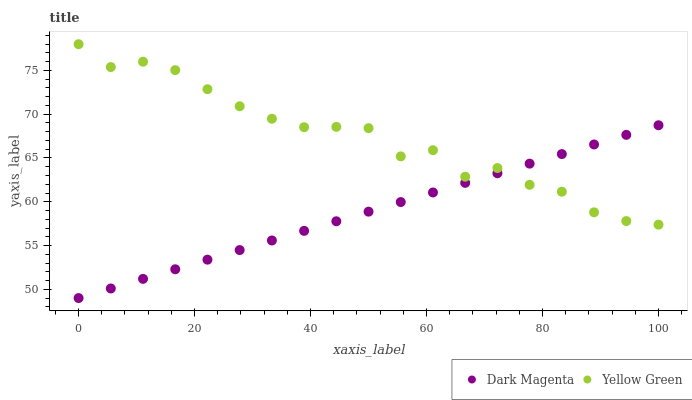
| xaxis_label | Dark Magenta | Yellow Green |
 | --- | --- | --- |
 | 0 | 49 | 78 |
 | 5.56 | 50.1 | 75.4 |
 | 11.1 | 51.2 | 76 |
 | 16.7 | 52.3 | 75 |
 | 22.2 | 53.4 | 72.9 |
 | 27.8 | 54.5 | 70.9 |
 | 33.3 | 55.6 | 69.5 |
 | 38.9 | 56.7 | 68.5 |
 | 44.4 | 57.8 | 68.6 |
 | 50 | 58.9 | 68.4 |
 | 55.6 | 60 | 65.2 |
 | 61.1 | 61.1 | 65.9 |
 | 66.7 | 62.2 | 62.9 |
 | 72.2 | 63.3 | 63.9 |
 | 77.8 | 64.4 | 61.9 |
 | 83.3 | 65.5 | 61.1 |
 | 88.9 | 66.5 | 58.8 |
 | 94.4 | 67.6 | 57.8 |
 | 100 | 68.7 | 57.4 |